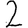
Digit: 2